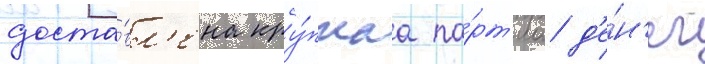
доста́вл'ена кру́пнаа па́рт'иа д'е́н'ег